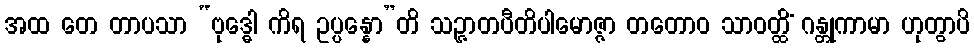
အထ တေ တာပသာ “ဗုဒ္ဓေါ ကိရ ဥပ္ပန္နော”တိ သဉ္ဇာတပီတိပါမောဇ္ဇာ တတောဝ သာဝတ္ထိံ ဂန္တုကာမာ ဟုတွာပိ